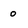
Character: o